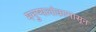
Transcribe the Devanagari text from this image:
मनुष्यलोकापासून